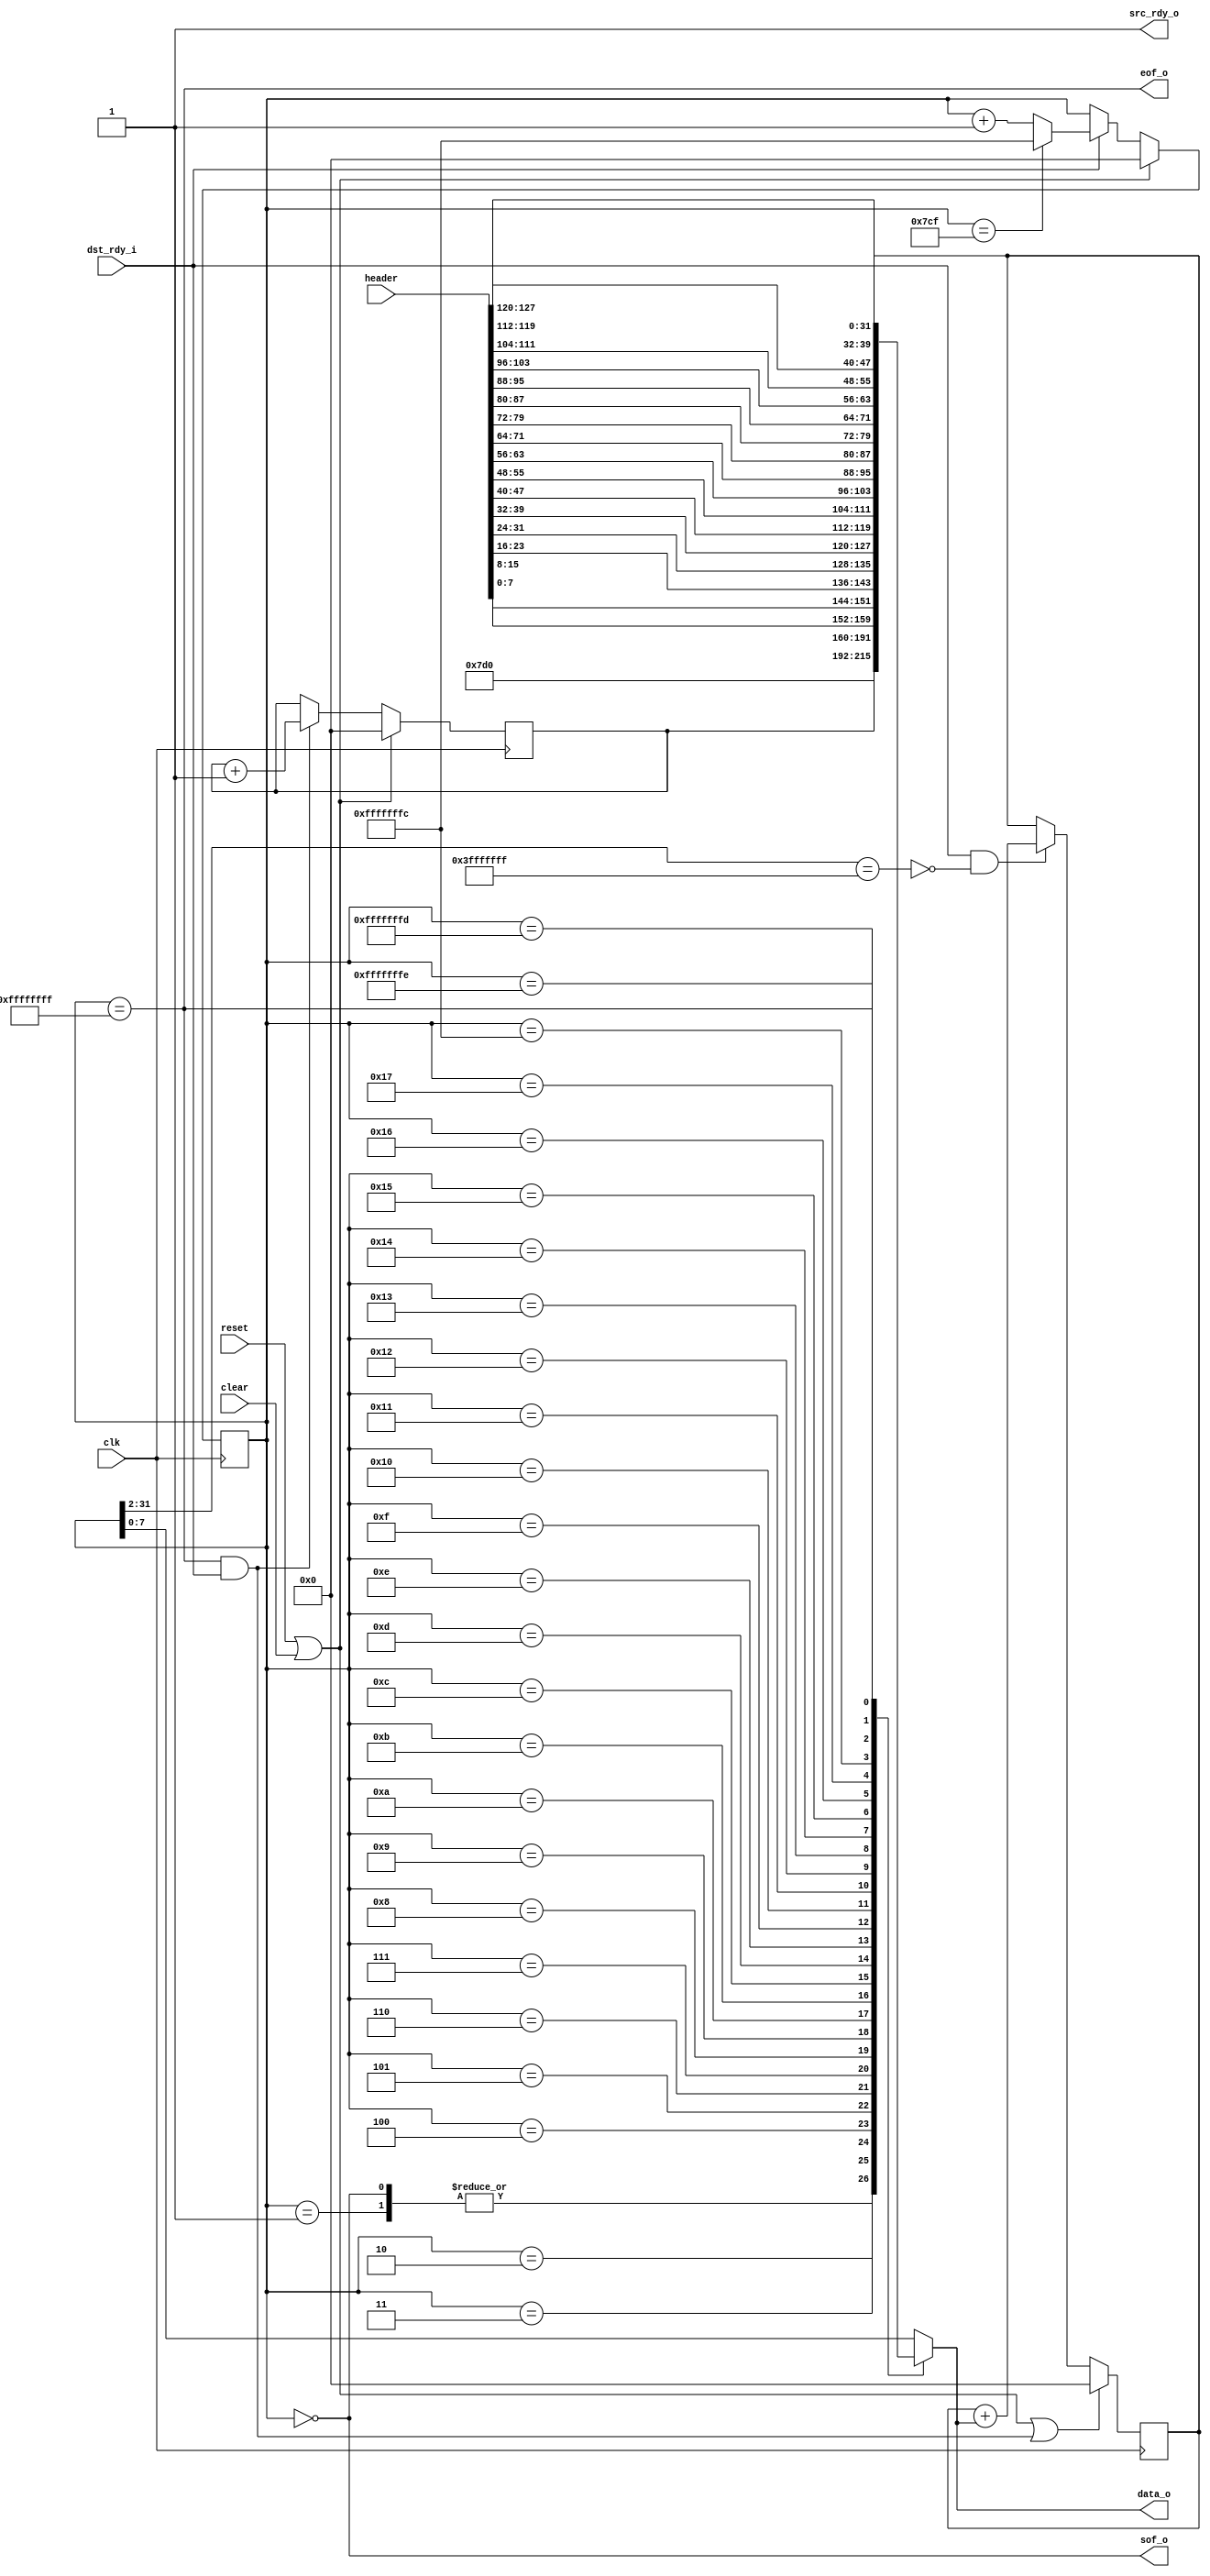


module packet_generator
  (input clk, input reset, input clear,
   output reg [7:0] data_o, output sof_o, output eof_o,
   input [127:0] header,
   output src_rdy_o, input dst_rdy_i);

   localparam len = 32'd2000;

   reg [31:0] state;
   reg [31:0] seq;
   reg [31:0] crc_out;
   wire        calc_crc = src_rdy_o & dst_rdy_i & ~(state[31:2] == 30'h3FFF_FFFF);
   
	
   always @(posedge clk)
     if(reset | clear)
       seq <= 0;
     else
       if(eof_o & src_rdy_o & dst_rdy_i)
	 seq <= seq + 1;
   
   always @(posedge clk)
     if(reset | clear)
       state <= 0;
     else
       if(src_rdy_o & dst_rdy_i)
	 if(state == (len - 1))
	   state <= 32'hFFFF_FFFC;
	 else
	   state <= state + 1;

   always @*
     case(state)
       0 :   data_o <= len[31:24];
       1 :   data_o <= len[23:16];
       2 :   data_o <= len[15:8];
       3 :   data_o <= len[7:0];
       4 :   data_o <= seq[31:24];
       5 :   data_o <= seq[23:16];
       6 :   data_o <= seq[15:8];
       7 :   data_o <= seq[7:0];
       8 :   data_o <= header[7:0];
       9 :   data_o <= header[15:8];
       10 :  data_o <= header[23:16];
       11 :  data_o <= header[31:24];
       12 :  data_o <= header[39:32];
       13 :  data_o <= header[47:40];
       14 :  data_o <= header[55:48];
       15 :  data_o <= header[63:56];
       16 :  data_o <= header[71:64];
       17 :  data_o <= header[79:72];
       18 :  data_o <= header[87:80];
       19 :  data_o <= header[95:88];
       20 :  data_o <= header[103:96];
       21 :  data_o <= header[111:104];
       22 :  data_o <= header[119:112];
       23 :  data_o <= header[127:120];

       32'hFFFF_FFFC : data_o <= crc_out[31:24];
       32'hFFFF_FFFD : data_o <= crc_out[23:16];
       32'hFFFF_FFFE : data_o <= crc_out[15:8];
       32'hFFFF_FFFF : data_o <= crc_out[7:0];
       default : data_o <= state[7:0];
     endcase // case (state)
   
   assign src_rdy_o = 1;
   assign sof_o = (state == 0);
   assign eof_o = (state == 32'hFFFF_FFFF);

   wire        clear_crc = eof_o & src_rdy_o & dst_rdy_i;
   
//   crc crc(.clk(clk), .reset(reset), .clear(clear_crc), .data(data_o), 
//	   .calc(calc_crc), .crc_out(crc_out), .match());
   always @(posedge clk)
     if(reset | clear | clear_crc)
       crc_out <= 0;
     else
       if(calc_crc)
	 crc_out <= crc_out + data_o;
   
endmodule // packet_generator